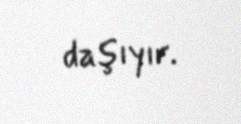
daşıyır.